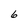
Character: 6